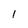
Character: 1